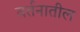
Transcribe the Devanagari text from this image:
वर्तनातील